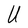
Character: U